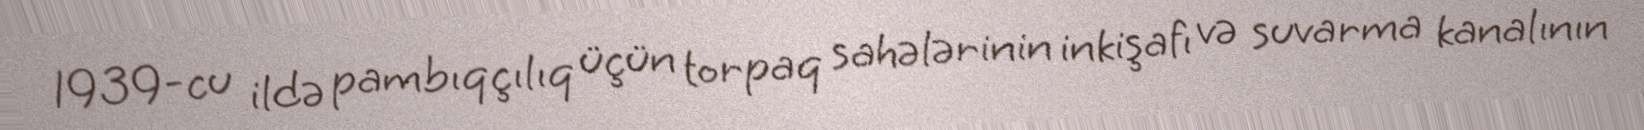
1939-cu ildə pambıqçılıq üçün torpaq sahələrinin inkişafı və suvarma kanalının